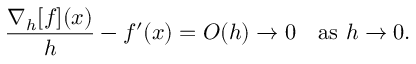
{ \frac { \nabla _ { h } [ f ] ( x ) } { h } } - f ^ { \prime } ( x ) = O ( h ) \to 0 \quad { \mathrm { a s ~ } } h \to 0 .